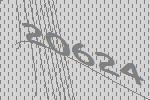
20624